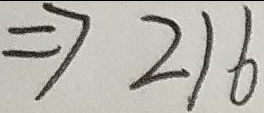
\Rightarrow 2 1 6